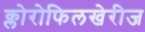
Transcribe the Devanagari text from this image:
क्लोरोफिलखेरीज